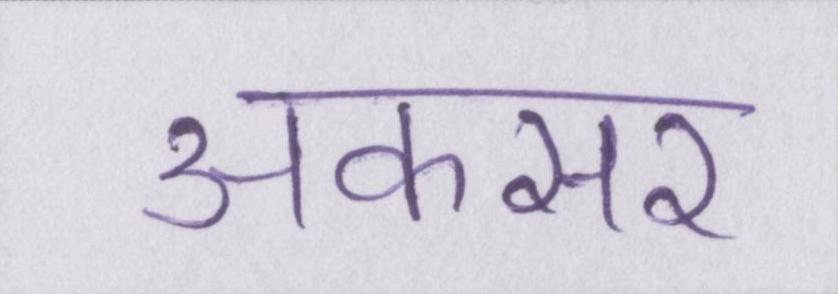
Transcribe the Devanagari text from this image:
अकसर